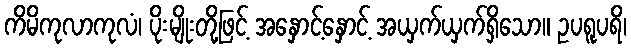
ကိမိကုလာကုလံ၊ ပိုးမျိုးတို့ဖြင့် အနှောင့်နှောင့် အယှက်ယှက်ရှိသော။ ဥပရူပရိ၊